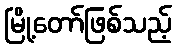
မြို့တော်ဖြစ်သည့်